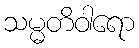
သမ္မတိဝါရော